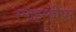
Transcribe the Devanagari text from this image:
स्पाइस्वीपर